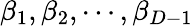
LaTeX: \beta_{1},\beta_{2},\cdots,\beta_{D-1}